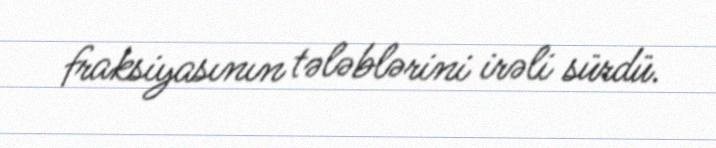
fraksiyasının tələblərini irəli sürdü.